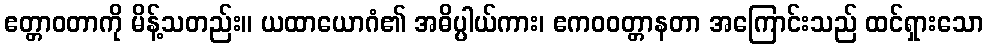
ဧတ္တာဝတာကို မိန့်သတည်း။ ယထာယောဂံ၏ အဓိပ္ပါယ်ကား၊ ဧကဝဝတ္တာနတာ အကြောင်းသည် ထင်ရှားသော